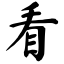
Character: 看